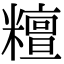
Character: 𥼷